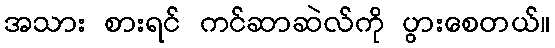
အသား စားရင် ကင်ဆာဆဲလ်ကို ပွားစေတယ်။